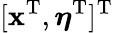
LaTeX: [\mathbf{x}^{\mathrm{T}},\boldsymbol{\eta}^{\mathrm{T}}]^{\mathrm{T}}